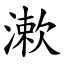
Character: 漱